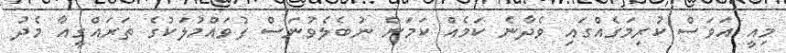
މިއީ އަވަސް ކުރިމަގެއްގައި ވެދާނެ ކަމެއް ކަމަށް ނުބެލެވުނަސް ފުވައްމުލަކުގެ ތަރައްގީއާ މެދު